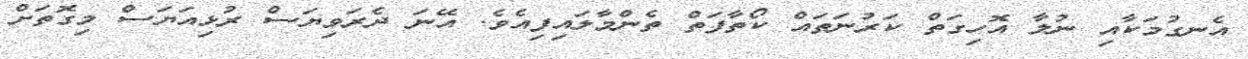
އެނގުމަކާއި ނުލާ އޮހިގަތް ކަރުނަތައް ކޯތާފަތް ތެންމާލައިފިއެވެ. އޭނަ ދެރަވިޔަސް ރުޅިއަޔަސް މިގޮތަށް